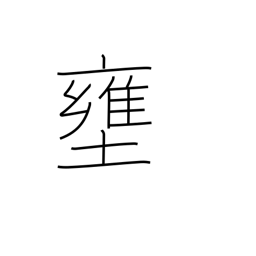
Meaning: shut up